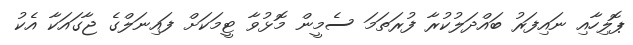
ޕޮލިހާއި ނައިފަރު ބައްދަލުކުރާ ފުރަތަމަ ސެމީން މޮޅުވާ ޓީމަކަށް ފައިނަލްގެ ޖާގައަކާ އެކު